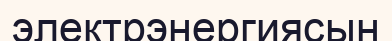
электрэнергиясын